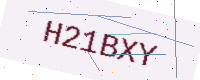
Text: H21BXY